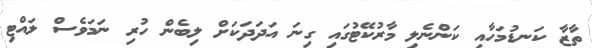
ތާޒާ ކަނޑުމަހާއި ކަންނެލި މާރުކޭޓުގައި ގިނަ އަދަދަކަށް ލިބެން ހުރި ނަމަވެސް ލައްޓި